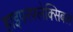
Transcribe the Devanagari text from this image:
हाइपरफ्लेक्सिबल